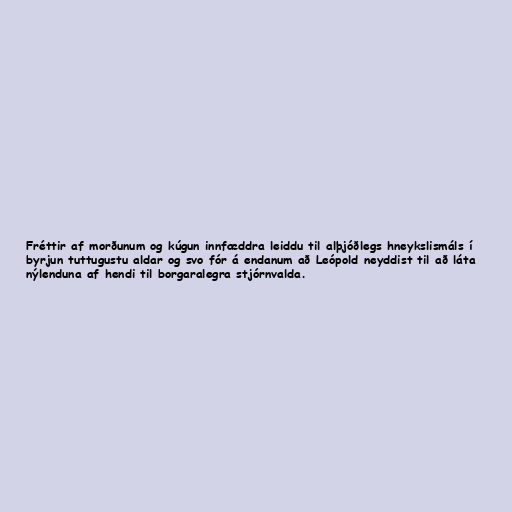
Fréttir af morðunum og kúgun innfæddra leiddu til alþjóðlegs hneykslismáls í
byrjun tuttugustu aldar og svo fór á endanum að Leópold neyddist til að láta
nýlenduna af hendi til borgaralegra stjórnvalda.